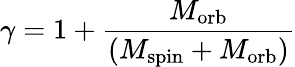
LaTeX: \gamma=1+{\frac{M_{\mathrm{orb}}}{(M_{\mathrm{spin}}+M_{\mathrm{orb}})}}